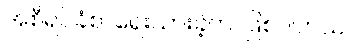
အစီရင်ခံစာရေးသားခဲ့တာဖြစ်ပါတယ်။